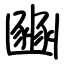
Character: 豳